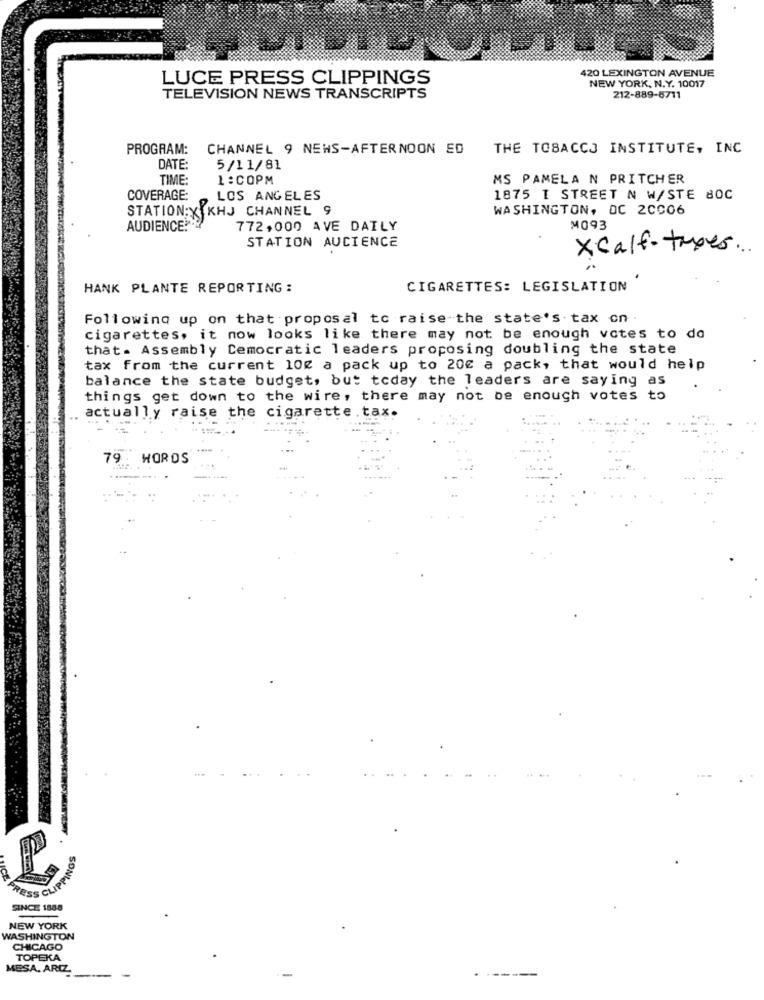
420 LEXINGTON AVENUE
LUCE PRESS CLIPPINGS
NEW YORK, N.Y. 10017
TELEVISION NEWS TRANSCRIPTS
212-889-6711
PROGRAM:
CHANNEL 9 NEWS-AFTERNOON ED
THE TOBACCO INSTITUTE, INC
DATE:
5/11/81
TIME:
1:COPM
MS PAMELA N PRITCHER
COVERAGE:
LOS ANGELES
1875 I STREET N W/STE 8OC
STATION:X KHJ CHANNEL 9
WASHINGTON, DC 2CC06
AUDIENCE? ?
772,000 AVE DAILY
M093
STATION AUCIENCE
x calf - trees ..
HANK PLANTE REPORTING:
CIGARETTES: LEGISLATION
Following up on that proposal to raise the state's tax on
cigarettes, it now looks like there may not be enough votes to do
that. Assembly Democratic leaders proposing doubling the state
tax from the current 10g a pack up to 20€ a pack, that would help
balance the state budget, but today the leaders are saying as
things get down to the wire, there may not be enough votes to
actually raise the cigarette .tax.
79.
WORDS
SINCE 1888
NEW YORK
WASHINGTON
CHICAGO
TOPEKA
MESA. ARIZ
.---.
-